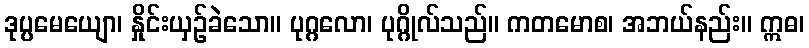
ဒုပ္ပမေယျော၊ နှိုင်းယှဉ်ခဲသော။ ပုဂ္ဂလော၊ ပုဂ္ဂိုလ်သည်။ ကတမောစ၊ အဘယ်နည်း။ ဣဓ၊